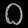
Digit: ၀